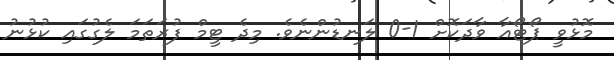
މޮޅުވީ ޕޯޓޯއާ ވާދަކޮށް 1-0 ލަނޑުންނެވެ. މިދެ ޓީމް ފުރަތަަމަ ލެގުގައި ކުޅުނު